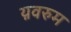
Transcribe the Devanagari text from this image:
य़वरुम